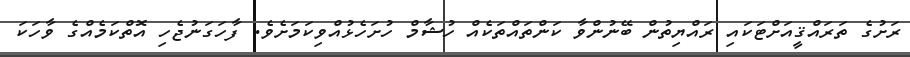
ރަށުގެ ތަރައްޤީއަށްޓަކައި ރައްޔިތުން ބޭނުންވާ ކަންތައްތަކެއް ހުޝާމް ހުށަހެޅުއްވިކަމަށެވެ. ފާހަގަނުޖެހި އޮތްކަމެއްގެ ވާހަކަ